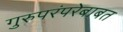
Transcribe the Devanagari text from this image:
गुरुपरंपरेबाबत